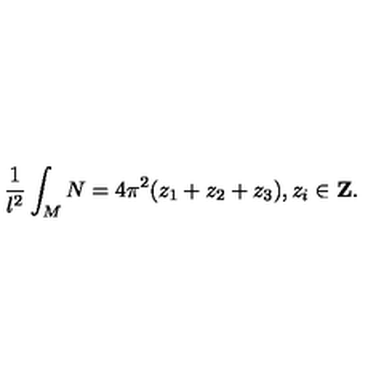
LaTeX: \frac { 1 } { l ^ { 2 } } \int _ { M } N = 4 \pi ^ { 2 } ( z _ { 1 } + z _ { 2 } + z _ { 3 } ) , z _ { i } \in \mathrm { { \bf Z } } .